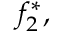
f _ { 2 } ^ { * } ,